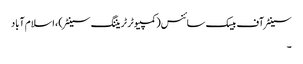
سینٹر آف بیسک سائنس(کمپیوٹر ٹریننگ سینٹر) ، اسلام آباد
۔